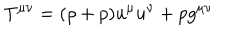
LaTeX: T ^ { \mu \nu } = ( \rho + p ) u ^ { \mu } u ^ { \nu } + p g ^ { \mu \nu }